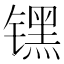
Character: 𬭶